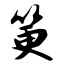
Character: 筻